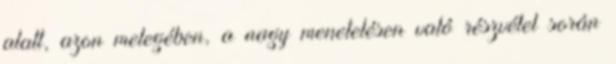
alatt, azon melegében, a nagy menetelésen való részvétel során